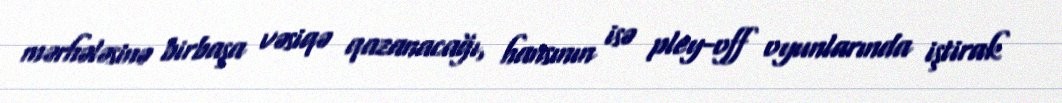
mərhələsinə birbaşa vəsiqə qazanacağı, hansının isə pley-off oyunlarında iştirak